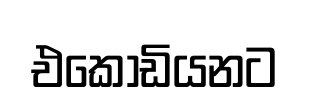
එකෝඩියනට